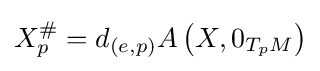
X_{p}^{\#}=d_{(e,p)}A\left(X,0_{T_{p}M}\right)